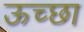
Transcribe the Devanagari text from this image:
ऊच्छा